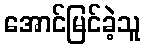
အောင်မြင်ခဲ့သူ